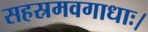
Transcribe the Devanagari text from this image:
सहस्रमवगाधाः।